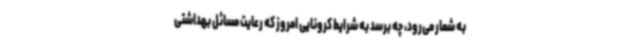
به شمار می‌رود، چه برسد به شرایط کرونایی امروز که رعایت مسائل بهداشتی